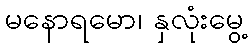
မနောရမော၊ နှလုံးမွေ့